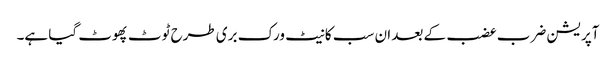
آپریشن ضرب عضب کے بعد ان سب کا نیٹ ورک بری طرح ٹوٹ پھوٹ گیا ہے۔